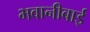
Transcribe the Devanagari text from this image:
भवानीबाई